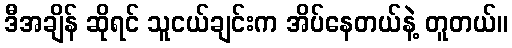
ဒီအချိန် ဆိုရင် သူငယ်ချင်းက အိပ်နေတယ်နဲ့ တူတယ်။